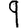
Digit: 9